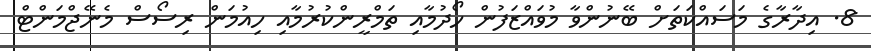
8. އިދާރާގެ މަސައްކަތަށް ބޭނުންވާ މުވައްޒަފުން ހޯދުމާއި ތަމްރީންކުރުމާއި ހިއުމަން ރިސޯސް މެނޭޖްމަންޓް